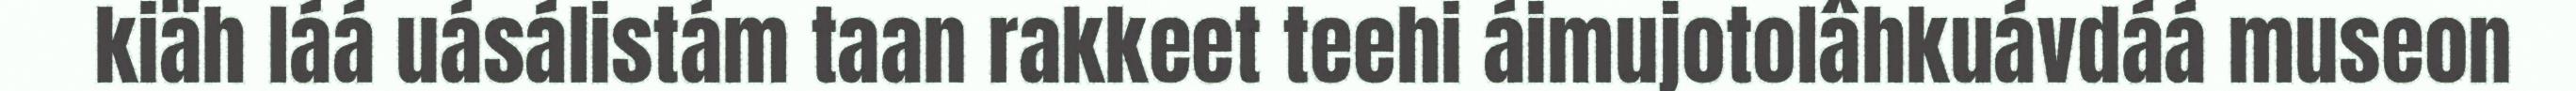
kiäh láá uásálistám taan rakkeet teehi áimujotolâhkuávdáá museon